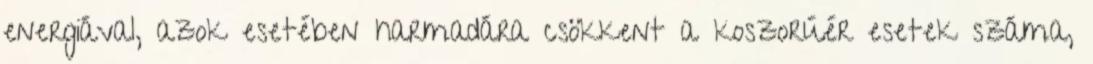
energiával, azok esetében harmadára csökkent a koszorúér esetek száma,